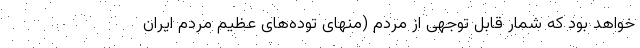
خواهد بود که شمار قابل توجهی از مردم (منهای توده‌های عظیم مردم ایران